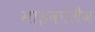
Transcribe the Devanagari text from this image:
माइकोलैव